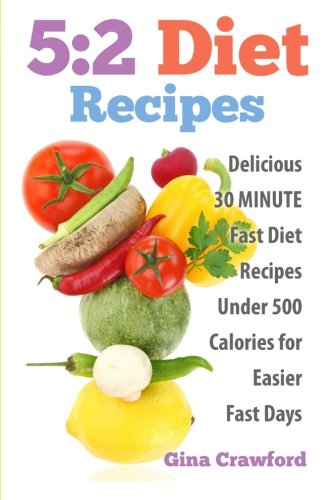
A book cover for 5:2 Diet Recipes: Delicious 30 MINUTE Fast Diet Recipes Under 500 Calories for Easier Fast Days; Gina Crawford; Health, Fitness & Dieting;